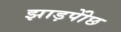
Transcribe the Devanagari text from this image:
झाड़पोेंछ